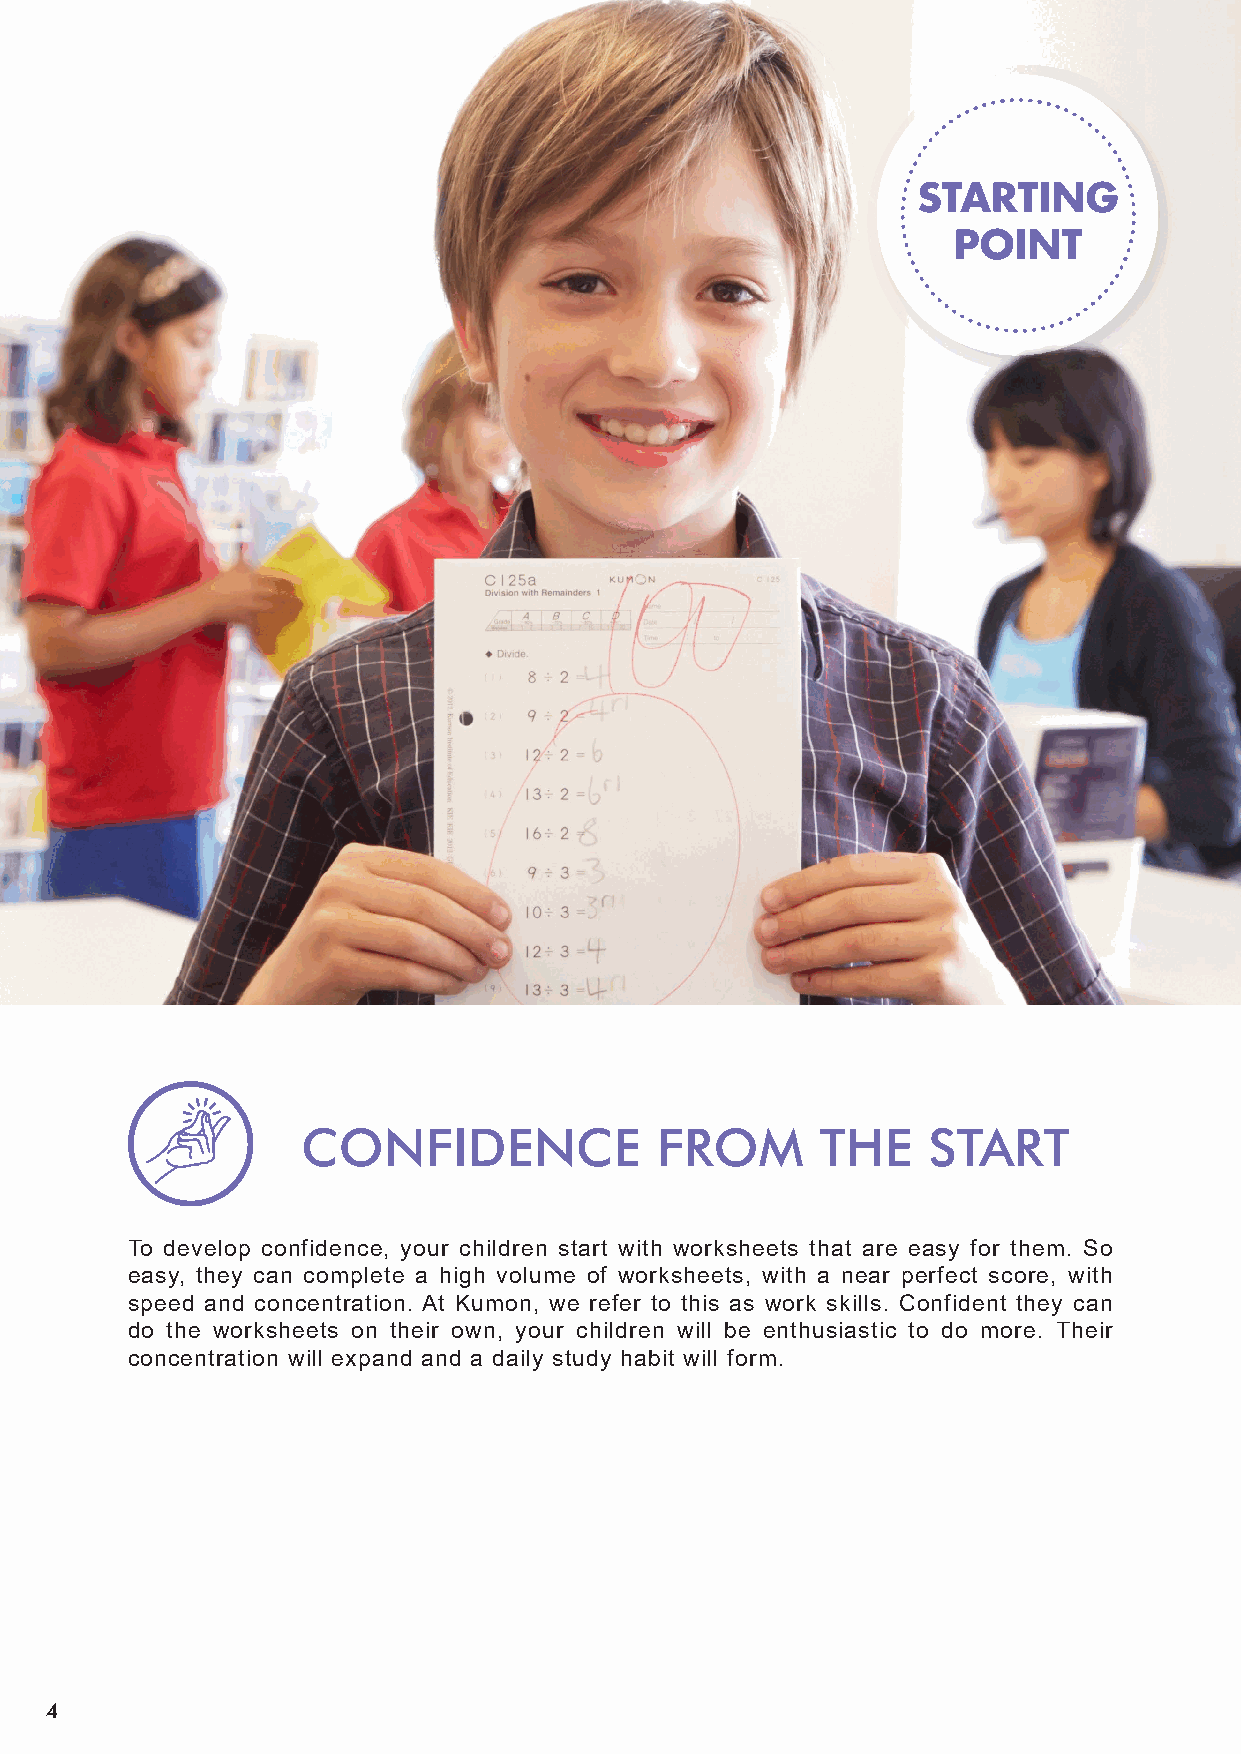
CONFIDENCE             FROM       THE    START
 To develop confidence, your children start with worksheets that are easy for them. So
 easy, they can complete a high volume of worksheets, with a near perfect score, with
 speed and concentration. At Kumon, we refer to this as work skills. Confident they can
 do the worksheets on their own, your children will be enthusiastic to do more. Their
 concentration will expand and a daily study habit will form.
 4